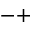
- +